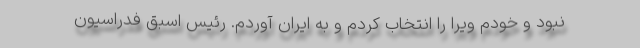
نبود و خودم ویرا را انتخاب کردم و به ایران آوردم. رئیس اسبق فدراسیون